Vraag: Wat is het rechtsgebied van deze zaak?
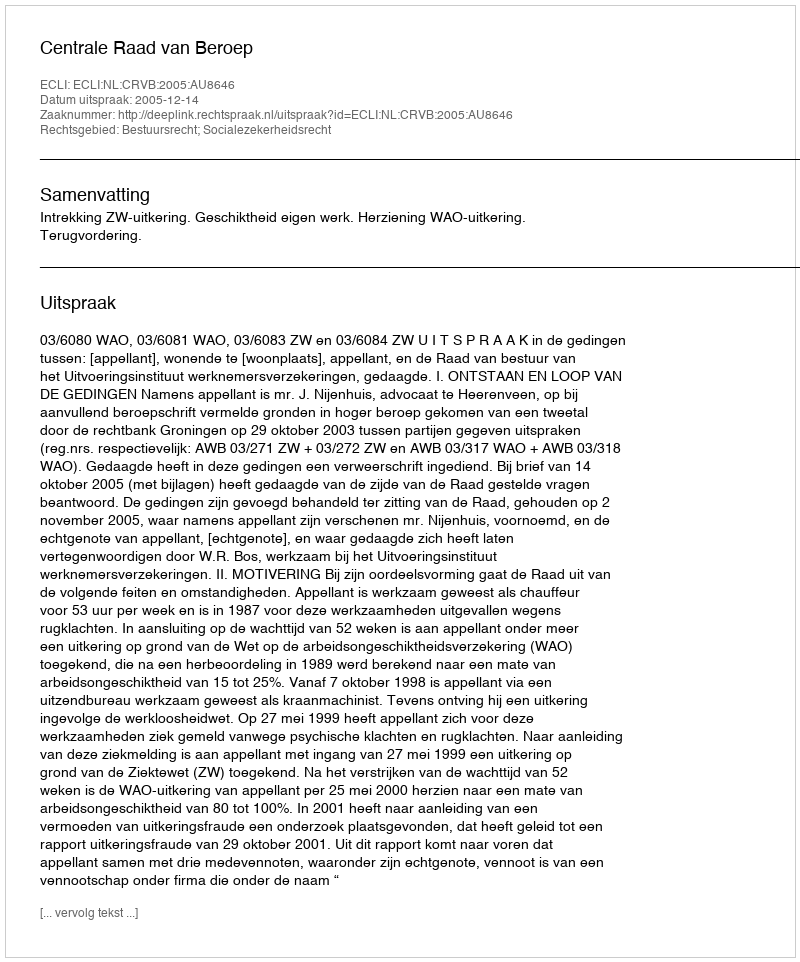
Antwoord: Bestuursrecht; Socialezekerheidsrecht